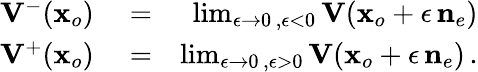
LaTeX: \begin{array}{rlr}{{{\mathbf V}}^{-}({\mathbf x}_{o})}&{{}=}&{\operatorname*{lim}_{\epsilon\rightarrow 0\, ,\epsilon<0}{\mathbf V}({\mathbf x}_{o}+\epsilon\, {{\mathbf n}}_{e})}\\ {{{\mathbf V}}^{+}({\mathbf x}_{o})}&{{}=}&{\operatorname*{lim}_{\epsilon\rightarrow 0\, ,\epsilon>0}{\mathbf V}({\mathbf x}_{o}+\epsilon\, {{\mathbf n}}_{e})\, .}\end{array}